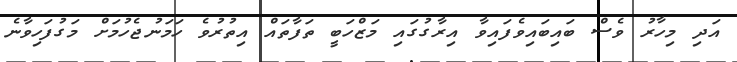
އަދި މިހާރު ވެސް ބައިބައިވެފައިވާ އިރާގުގައި މަޒްހަބީ ތަފާތައް އިތުރުވެ ހަމަނުޖެހުމަށް މަގުފަހިވާނެ